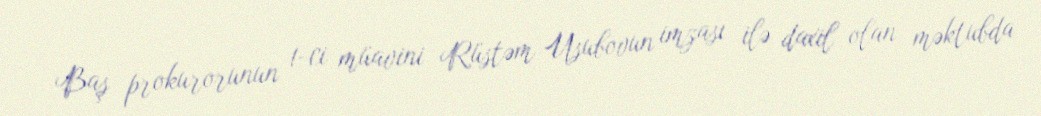
Baş prokurorunun 1-ci müavini Rüstəm Usubovun imzası ilə daxil olan məktubda